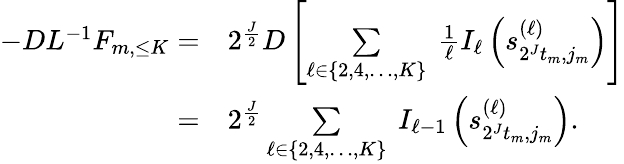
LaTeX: \begin{array}{rl}{-DL^{-1}F_{m,\leq K}=}&{2^{\frac{J}{2}}D\left[\underset{\ell\in\{ 2,4,\ldots,K\} }{\sum}\ \frac{1}{\ell}I_{\ell}\left(s_{2^{J}t_{m},j_{m}}^{(\ell)}\right)\right]}\\ {=}&{2^{\frac{J}{2}}\underset{\ell\in\{ 2,4,\ldots,K\} }{\sum}\ I_{\ell-1}\left(s_{2^{J}t_{m},j_{m}}^{(\ell)}\right).}\end{array}